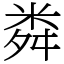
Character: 粦